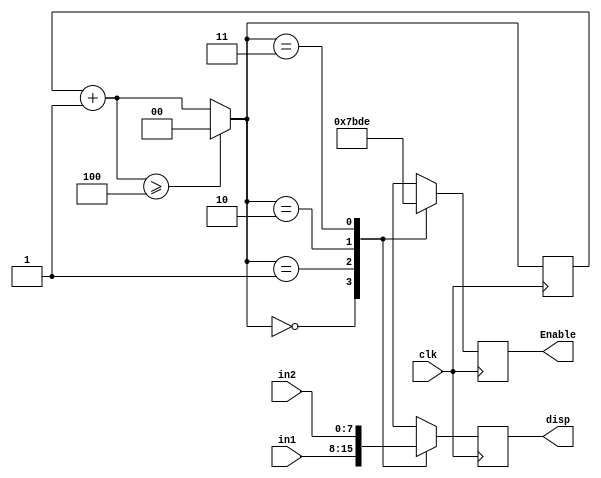
`timescale 1ns / 1ps
//////////////////////////////////////////////////////////////////////////////////
// Company: 
// Engineer: 
// 
// Design Name: 
// Module Name: choose_output
// Project Name: 
// Target Devices: 
// Tool Versions: 
// Description: 
// 
// Dependencies: 
// 
// Revision:
// Revision 0.01 - File Created
// Additional Comments:
// 
//////////////////////////////////////////////////////////////////////////////////


module choose_output(
    input clk,
    input [7:0] in1,
    input [7:0] in2,
    output reg [3:0] Enable,
    output reg [3:0] disp
);

reg [1:0] num;

initial num = 0;

always @(posedge clk) begin
    num = num + 1;
    if(num >= 4) num = 0;
    case(num)
       2'b00:begin
          Enable = 4'b0111;
          disp = in1[7:4];
       end
       2'b01:begin
          Enable = 4'b1011;
          disp = in1[3:0];
       end
       2'b10:begin
          Enable = 4'b1101;
          disp = in2[7:4];
       end
       2'b11:begin
          Enable = 4'b1110;
          disp = in2[3:0];
       end
     endcase
end

endmodule